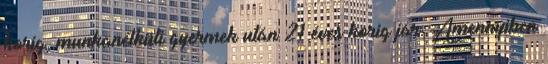
korig, munkanélküli gyermek után 21 éves korig jár. Amennyiben